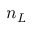
n _ { L }